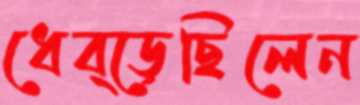
ধেব্‌ড়েছিলেন